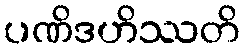
ပဏိဒဟိဿတိ